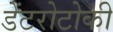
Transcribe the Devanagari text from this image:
डेंटरोटोकी